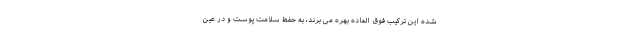
شده این ترکیب فوق العاده بهره می برند، به حفظ سلامت پوست و در عین